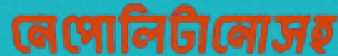
নেপোলিটানোসহ